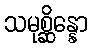
သမုစ္ဆိန္နော